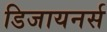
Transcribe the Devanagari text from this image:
डिजायनर्स